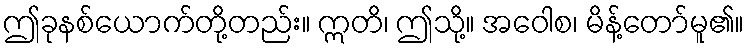
ဤခုနစ်ယောက်တို့တည်း။ ဣတိ၊ ဤသို့။ အဝေါစ၊ မိန့်တော်မူ၏။